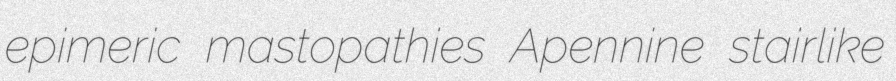
epimeric mastopathies Apennine stairlike